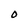
Character: O